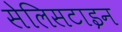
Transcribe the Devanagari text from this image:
सेलिसटाइन